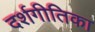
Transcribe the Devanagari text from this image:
दर्शगीतिका